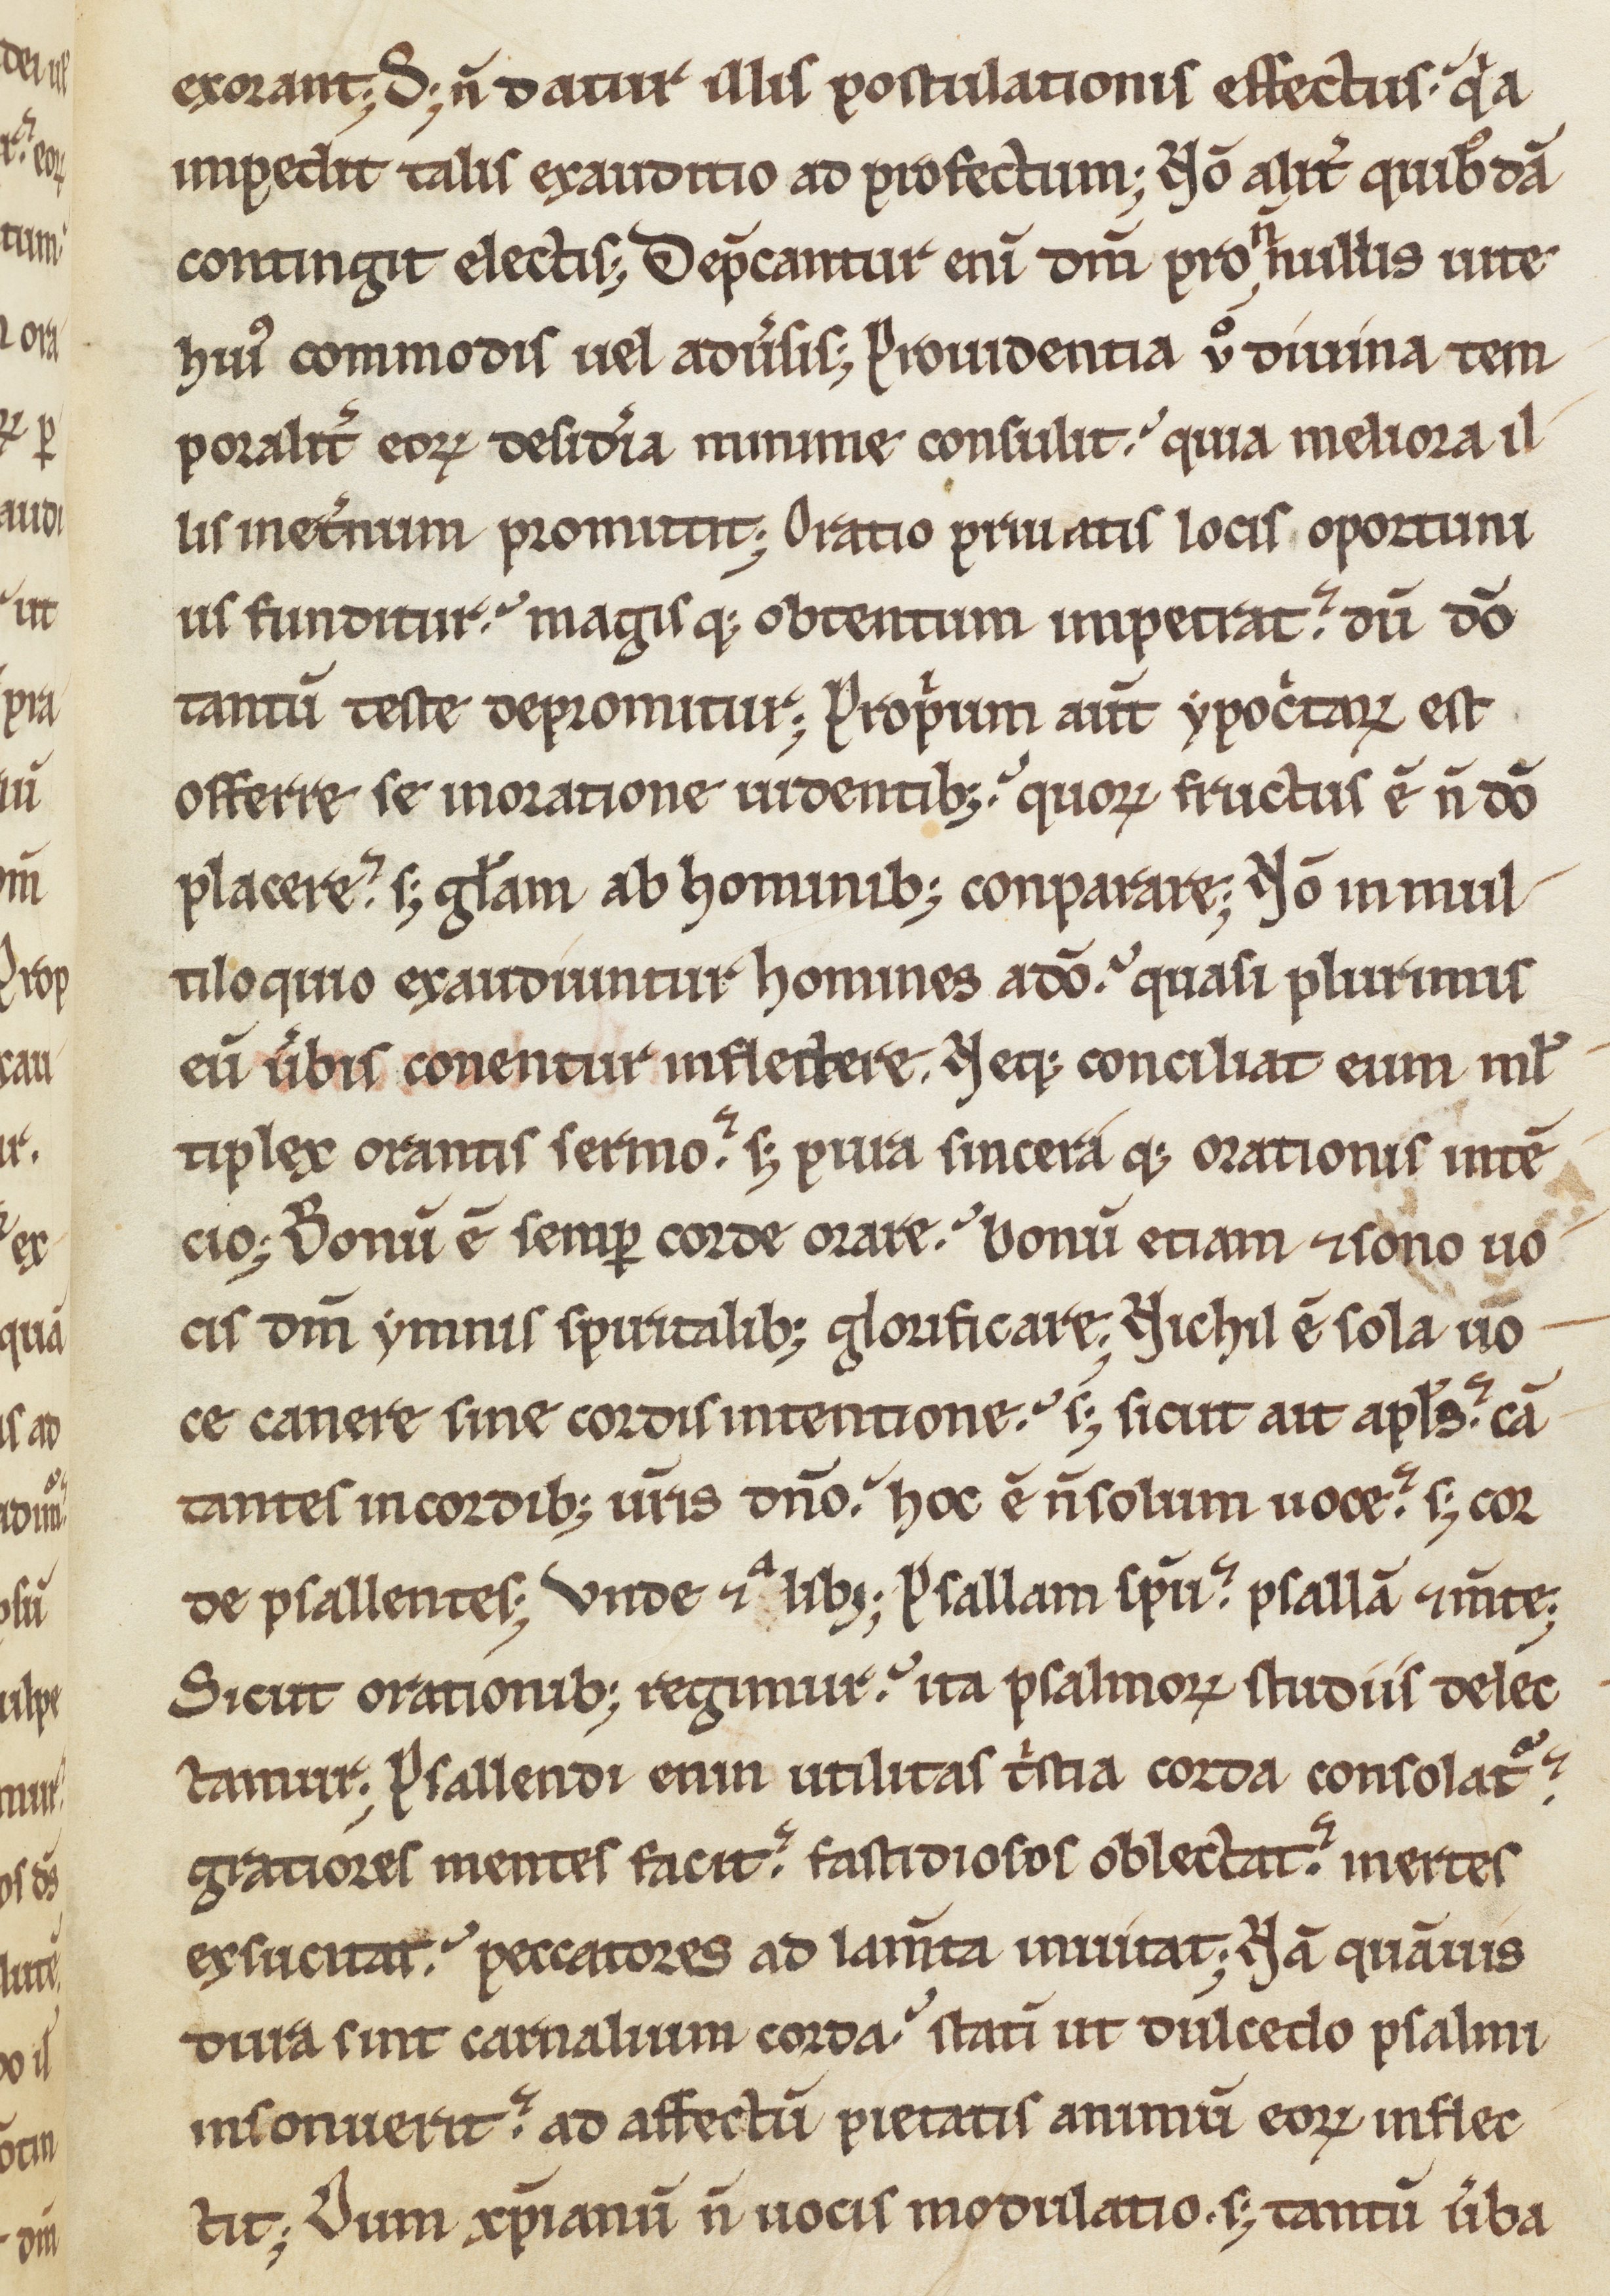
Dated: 1170–1199